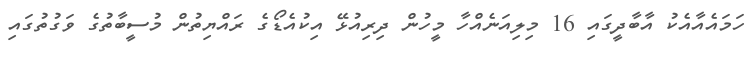
ހަމައެއާއެކު އާބާދީގައި 16 މިލިއަނެއްހާ މީހުން ދިރިއުޅޭ އިކުއެޑޯގެ ރައްޔިތުން މުސީބާތުގެ ވަގުތުގައި